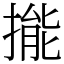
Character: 㨢